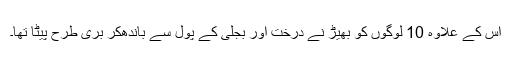
اس کے علاوہ 10 لوگوں کو بھیڑ نے درخت اور بجلی کے پول سے باندھ‌کر بری طرح پیٹا تھا۔